On the action of the venoms of the cobra (Naja tripudians) and of the daboia (Daboia russellii) on the red blood corpuscles and on the blood plasma - Number 4
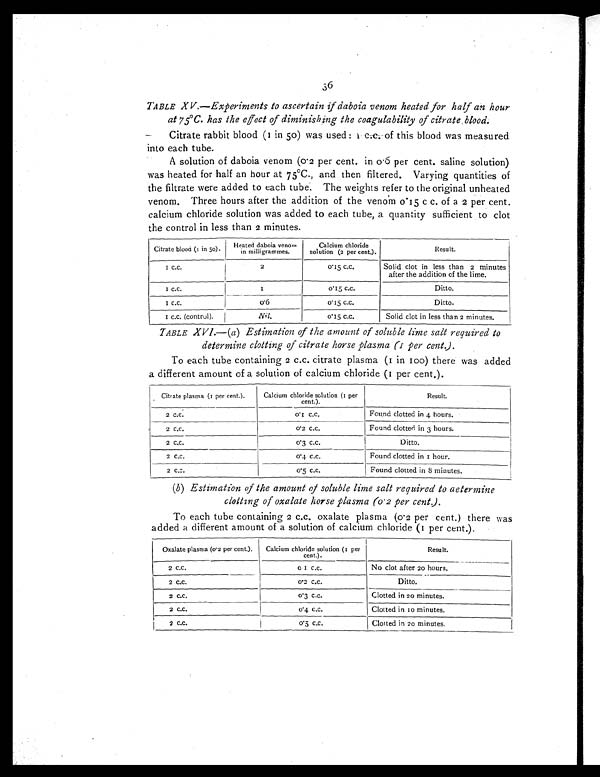
36
TABLE XV.—Experiments to ascertain if daboia venom heated for half an hour
at 75°C. has the effect of diminishing the coagulability of citrate, blood.
Citrate rabbit blood (1 in 50) was used :1 c.c of this blood was measured
into each tube.
A solution of daboia venom (0.2 per cent. in 0.6 per cent. saline solution)
was heated for half an hour at 75°C., and then filtered. Varying quantities of
the filtrate were added to each tube. The weights refer to the original unheated
venom. Three hours after the addition of the venom 0.15 c c. of a 2 per cent.
calcium chloride solution was added to each tube, a quantity sufficient to clot
the control in less than 2 minutes.
Citrate blood (1 in 50). Heated daboia venom
in milligrammes.
Calcium chloride
solution (2 per cent.).
Result.
1 c.c.
2
0 . 1 5 c . c .
Solid clot in less than 2 minutes
after the addition of the lime.
1 c.c.
1
0 . 1 5 c . c .
Ditto.
1 c . c .
0.6
0 . 1 5 c . c .
Ditto.
1 c.c. (control).
Nil.
0 . 1 5 c . c .
Solid clot in less than 2 minutes.
TABLE XVI.—(a) Estimation of the amount of soluble lime salt required to
determine clotting of citrate horse plasma (1 per cent).
To each tube containing 2 c.c. citrate plasma (1 in 100) there was added
a different amount of a solution of calcium chloride (1 per cent.).
Citrate plasma (1 per cent.).
Calcium chloride solution (1 per
cent.).
Result.
2 c.c.
0.1 c.c.
Found clotted in 4 hours.
2 c.c.
0 . 3 c . c .
Found clotted in 3 hours.
2 c . c .
0.3 c.c.
Ditto.
2 c.c.
0.4 c.c.
Found clotted in 1 hour.
2 c.c.
0 . 5 c . c .
Found clotted in 8 minutes.
(b) Estimation of the amount of soluble lime salt required to aetermine
clotting of oxalate horse plasma (o.2 per cent).
To each tube containing 2 c.c. oxalate plasma (0.2 per cent.) there was
added a different amount of a solution of calcium chloride (1 per cent.).
Oxalate plasma (0.2 per cent.). Calcium chloride solution (1 per
cent.).
Result.
2 c . c .
0.1 c.c.
No clot after 20 hours.
2 c . c .
0 . 2 c . c .
Ditto.
2 c.c.
0.3 c.c.
Clotted in 20 minutes.
2 c . c .
0.4 c.c.
Clotted in 10 minutes.
2 c.c.
0 . 5 c . c .
Clotted in 20 minutes.